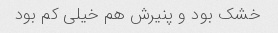
خشک بود و پنیرش هم خیلی کم بود